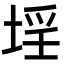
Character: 𡍛